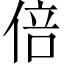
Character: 倍